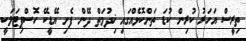
ތިރީސް އަހަރު ކުރިން ކުޑަ ތަންކޮޅެއްގައި ޚިދުމަތް ދޭން ފެށި އޭޑީކޭ ހޮސްޕިޓަލަކީ